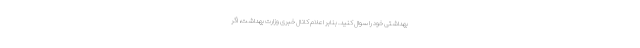
بهداشتی خود را سوال کنید. بنابر اعلام کانال خبری وزارت بهداشت، اگر